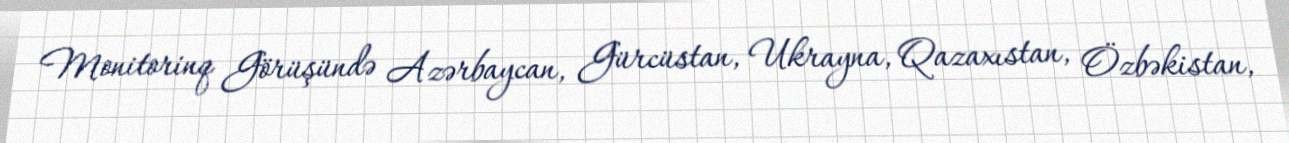
Monitorinq Görüşündə Azərbaycan, Gürcüstan, Ukrayna, Qazaxıstan, Özbəkistan,